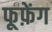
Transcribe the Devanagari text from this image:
फूफ़ेंग